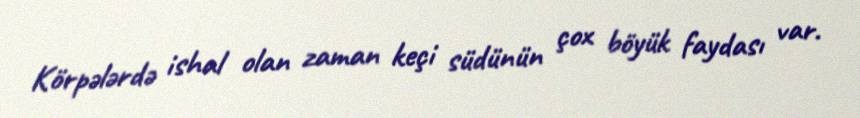
Körpələrdə ishal olan zaman keçi südünün çox böyük faydası var.